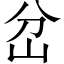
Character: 岔